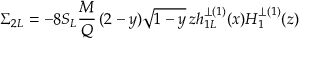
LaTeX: \Sigma _ { 2 L } = - 8 S _ { L } { \frac { M } { Q } } \, ( 2 - y ) \sqrt { 1 - y } \, z h _ { 1 L } ^ { \perp ( 1 ) } ( x ) H _ { 1 } ^ { \perp ( 1 ) } ( z )